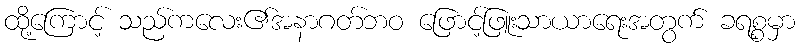
ထို့ကြောင့် သည်ကလေး၏အနာဂတ်ဘဝ ဖြောင့်ဖြူးသာယာရေးအတွက် ခရစ္စမှာ